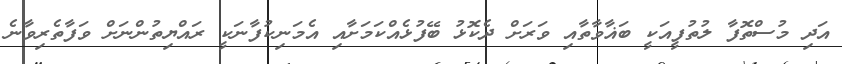
އަދި މުސްތޮފާ ލުތުފީއަކީ ބަޣާވާތާއި ވަރަށް ދެކޮޅު ބޭފުޅެއްކަމަށާއި އެމަނިކުފާނަކީ ރައްޔިތުންނަށް ވަފާތެރިވާނެ